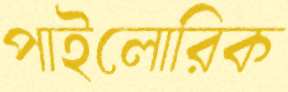
পাইলোরিক